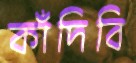
কাঁদিবি